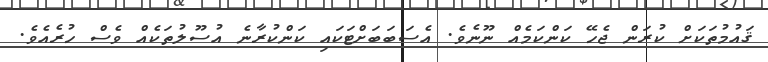
ޤައުމުތަކަށް ކުރަން ޖެހޭ ކަންކަމެއް ނޫނެވެ. އެސަބަބަށްޓަކައި ކަންކުރާނެ އުސޫލުތަކެއް ވެސް ހުރެއެވެ.